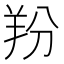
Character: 羒